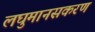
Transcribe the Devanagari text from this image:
लघुमानसकरण